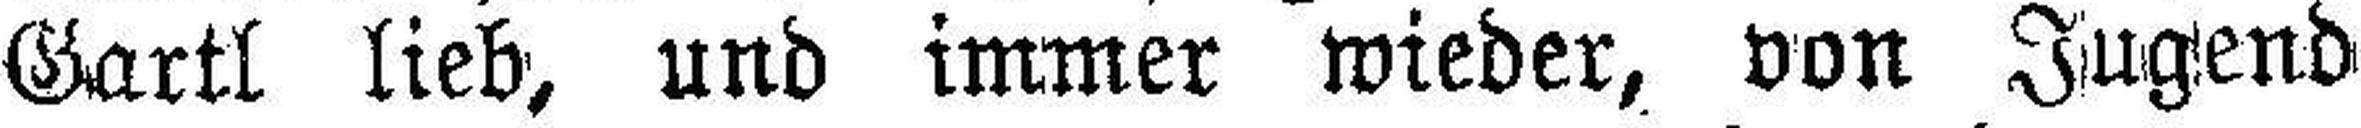
Gartl lieb, und immer wieder, von Jugend